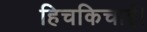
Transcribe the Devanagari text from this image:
हिचकिचाई।